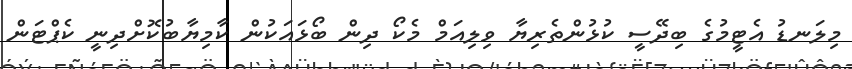
މިލަނޑު އެޓީމުގެ ބިދޭސީ ކުޅުންތެރިޔާ ވިލިއަމް މެކޯ ދިން ބޯޅައަކުން ކާމިޔާބުކޮށްދިނީ ކެޕްޓަން